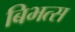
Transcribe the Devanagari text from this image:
बिभत्स